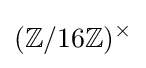
(\mathbb {Z} /16\mathbb {Z} )^{\times }